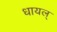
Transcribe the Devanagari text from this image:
धायल्